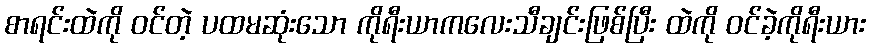
စာရင်းထဲကို ဝင်တဲ့ ပထမဆုံးသော ကိုရီးယာကလေးသီချင်းဖြစ်ပြီး ထဲကို ဝင်ခဲ့ကိုရီးယား